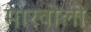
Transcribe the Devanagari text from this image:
मारवोलो